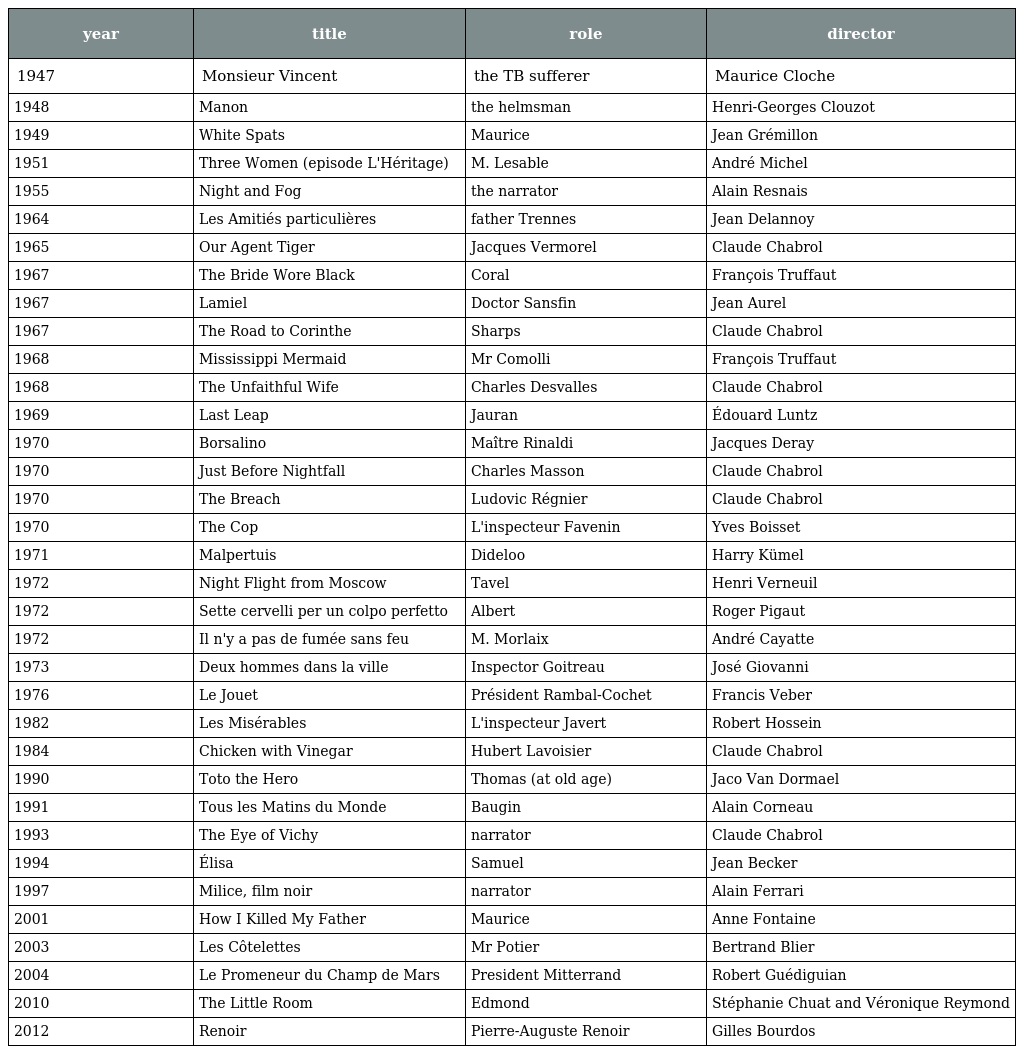
| year | title | role | director |
 | --- | --- | --- | --- |
 | 1947 | Monsieur Vincent | the TB sufferer | Maurice Cloche |
 | 1948 | Manon | the helmsman | Henri-Georges Clouzot |
 | 1949 | White Spats | Maurice | Jean Grémillon |
 | 1951 | Three Women (episode L'Héritage) | M. Lesable | André Michel |
 | 1955 | Night and Fog | the narrator | Alain Resnais |
 | 1964 | Les Amitiés particulières | father Trennes | Jean Delannoy |
 | 1965 | Our Agent Tiger | Jacques Vermorel | Claude Chabrol |
 | 1967 | The Bride Wore Black | Coral | François Truffaut |
 | 1967 | Lamiel | Doctor Sansfin | Jean Aurel |
 | 1967 | The Road to Corinthe | Sharps | Claude Chabrol |
 | 1968 | Mississippi Mermaid | Mr Comolli | François Truffaut |
 | 1968 | The Unfaithful Wife | Charles Desvalles | Claude Chabrol |
 | 1969 | Last Leap | Jauran | Édouard Luntz |
 | 1970 | Borsalino | Maître Rinaldi | Jacques Deray |
 | 1970 | Just Before Nightfall | Charles Masson | Claude Chabrol |
 | 1970 | The Breach | Ludovic Régnier | Claude Chabrol |
 | 1970 | The Cop | L'inspecteur Favenin | Yves Boisset |
 | 1971 | Malpertuis | Dideloo | Harry Kümel |
 | 1972 | Night Flight from Moscow | Tavel | Henri Verneuil |
 | 1972 | Sette cervelli per un colpo perfetto | Albert | Roger Pigaut |
 | 1972 | Il n'y a pas de fumée sans feu | M. Morlaix | André Cayatte |
 | 1973 | Deux hommes dans la ville | Inspector Goitreau | José Giovanni |
 | 1976 | Le Jouet | Président Rambal-Cochet | Francis Veber |
 | 1982 | Les Misérables | L'inspecteur Javert | Robert Hossein |
 | 1984 | Chicken with Vinegar | Hubert Lavoisier | Claude Chabrol |
 | 1990 | Toto the Hero | Thomas (at old age) | Jaco Van Dormael |
 | 1991 | Tous les Matins du Monde | Baugin | Alain Corneau |
 | 1993 | The Eye of Vichy | narrator | Claude Chabrol |
 | 1994 | Élisa | Samuel | Jean Becker |
 | 1997 | Milice, film noir | narrator | Alain Ferrari |
 | 2001 | How I Killed My Father | Maurice | Anne Fontaine |
 | 2003 | Les Côtelettes | Mr Potier | Bertrand Blier |
 | 2004 | Le Promeneur du Champ de Mars | President Mitterrand | Robert Guédiguian |
 | 2010 | The Little Room | Edmond | Stéphanie Chuat and Véronique Reymond |
 | 2012 | Renoir | Pierre-Auguste Renoir | Gilles Bourdos |